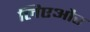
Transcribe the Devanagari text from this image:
लिएऔर